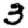
Digit: 3